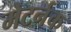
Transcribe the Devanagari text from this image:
मेटर्नक